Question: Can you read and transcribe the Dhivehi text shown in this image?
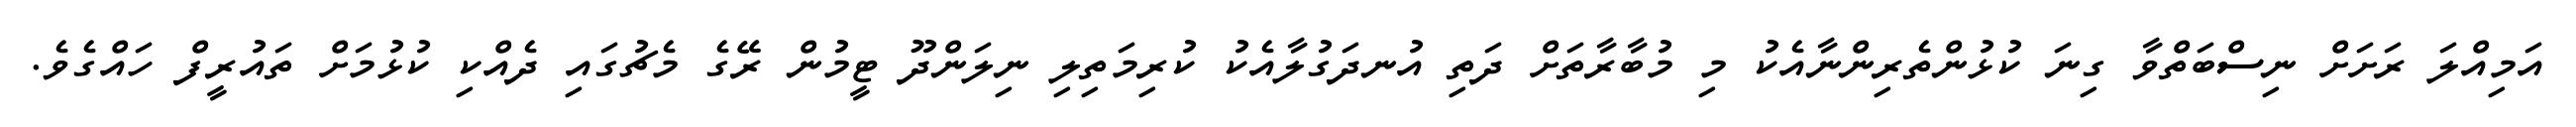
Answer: އަމިއްލަ ރަށަށް ނިސްބަތްވާ ގިނަ ކުޅުންތެރިންނާއެކު މި މުބާރާތަށް ދަތި އުނދަގުލާއެކު ކުރިމަތިލި ނިލަންދޫ ޓީމުން ރޭގެ މެޗުގައި ދެއްކި ކުޅުމަށް ތައުރީފް ހައްގެވެ.